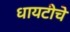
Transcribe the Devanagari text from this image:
धायटीचे